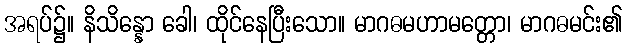
အရပ်၌။ နိသိန္နော ခေါ၊ ထိုင်နေပြီးသော။ မာဂဓမဟာမတ္တော၊ မာဂဓမင်း၏